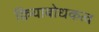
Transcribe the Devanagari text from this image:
क्रियाबोधकत्व